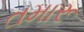
તમારૂ